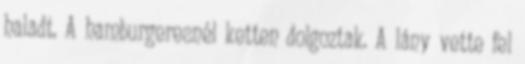
haladt. A hamburgeresnél ketten dolgoztak. A lány vette fel